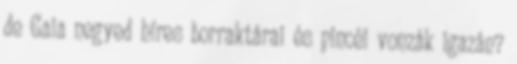
de Gaia negyed híres borraktárai és pincéi vonzák igazán?